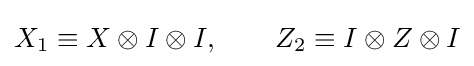
X_{1}\equiv X\otimes I\otimes I,\qquad Z_{2}\equiv I\otimes Z\otimes I